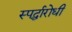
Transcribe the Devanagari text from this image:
स्पर्द्धारोधी